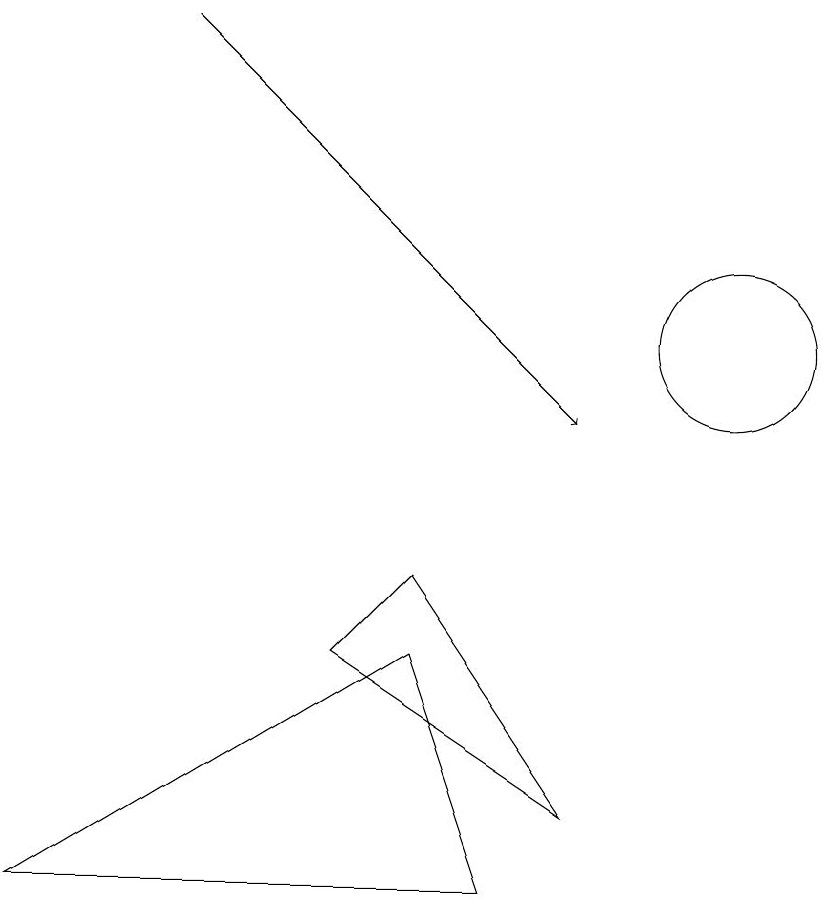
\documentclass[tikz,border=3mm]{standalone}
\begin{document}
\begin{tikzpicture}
\draw[->] (3,15) -- (8,10);
\draw (10,11) circle (1);
\draw (7,4) -- (1,4) -- (6,7) -- cycle;
\draw (8,5) -- (5,7) -- (6,8) -- cycle;
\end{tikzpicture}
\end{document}